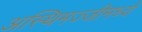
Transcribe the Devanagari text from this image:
अस्थिमज्जीमध्ये